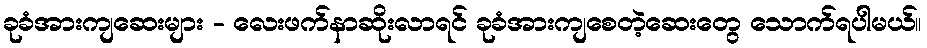
ခုခံအားကျဆေးများ - လေးဖက်နာဆိုးလာရင် ခုခံအားကျစေတဲ့ဆေးတွေ သောက်ရပါမယ်။